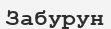
Забурун